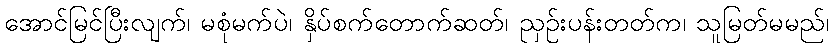
အောင်မြင်ပြီးလျက်၊ မစုံမက်ပဲ၊ နှိပ်စက်တောက်ဆတ်၊ ညှဉ်းပန်းတတ်က၊ သူမြတ်မမည်၊